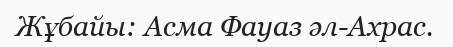
Жұбайы: Асма Фауаз әл-Ахрас.